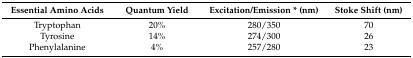
<table><thead><tr><td><b>Essential Amino Acids</b></td><td><b>Quantum Yield</b></td><td><b>Excitation/Emission * (nm)</b></td><td><b>Stoke Shift (nm)</b></td></tr></thead><tbody><tr><td>Tryptophan</td><td>20%</td><td>280/350</td><td>70</td></tr><tr><td>Tyrosine</td><td>14%</td><td>274/300</td><td>26</td></tr><tr><td>Phenylalanine</td><td>4%</td><td>257/280</td><td>23</td></tr></tbody></table>